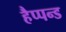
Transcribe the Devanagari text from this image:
हैप्पन्ड